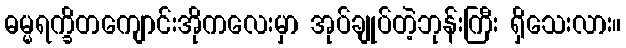
ဓမ္မရက္ခိတကျောင်းအိုကလေးမှာ အုပ်ချုပ်တဲ့ဘုန်းကြီး ရှိသေးလား။